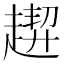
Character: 𧽁